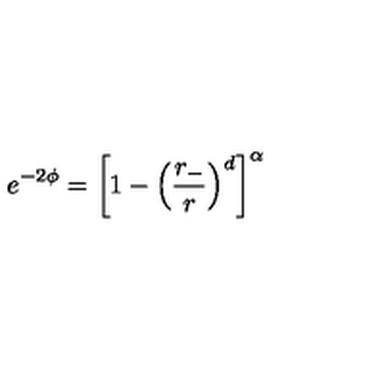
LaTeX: e ^ { - 2 \phi } = \left[ 1 - \left( \frac { r _ { - } } { r } \right) ^ { d } \right] ^ { \alpha }